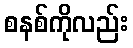
စနစ်ကိုလည်း